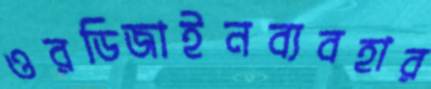
ওরডিজাইনব্যবহার